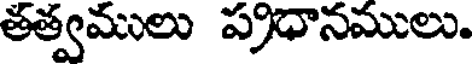
తత్వములు ప్రధానములు.